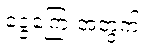
ငွေကြေးအတွက်